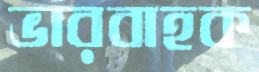
ভারবাহক